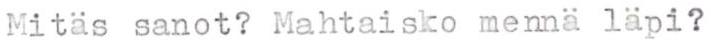
Mitäs sanot? Mahtaisko mennä läpi?